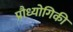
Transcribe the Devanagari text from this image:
प्रौध्योगिकी